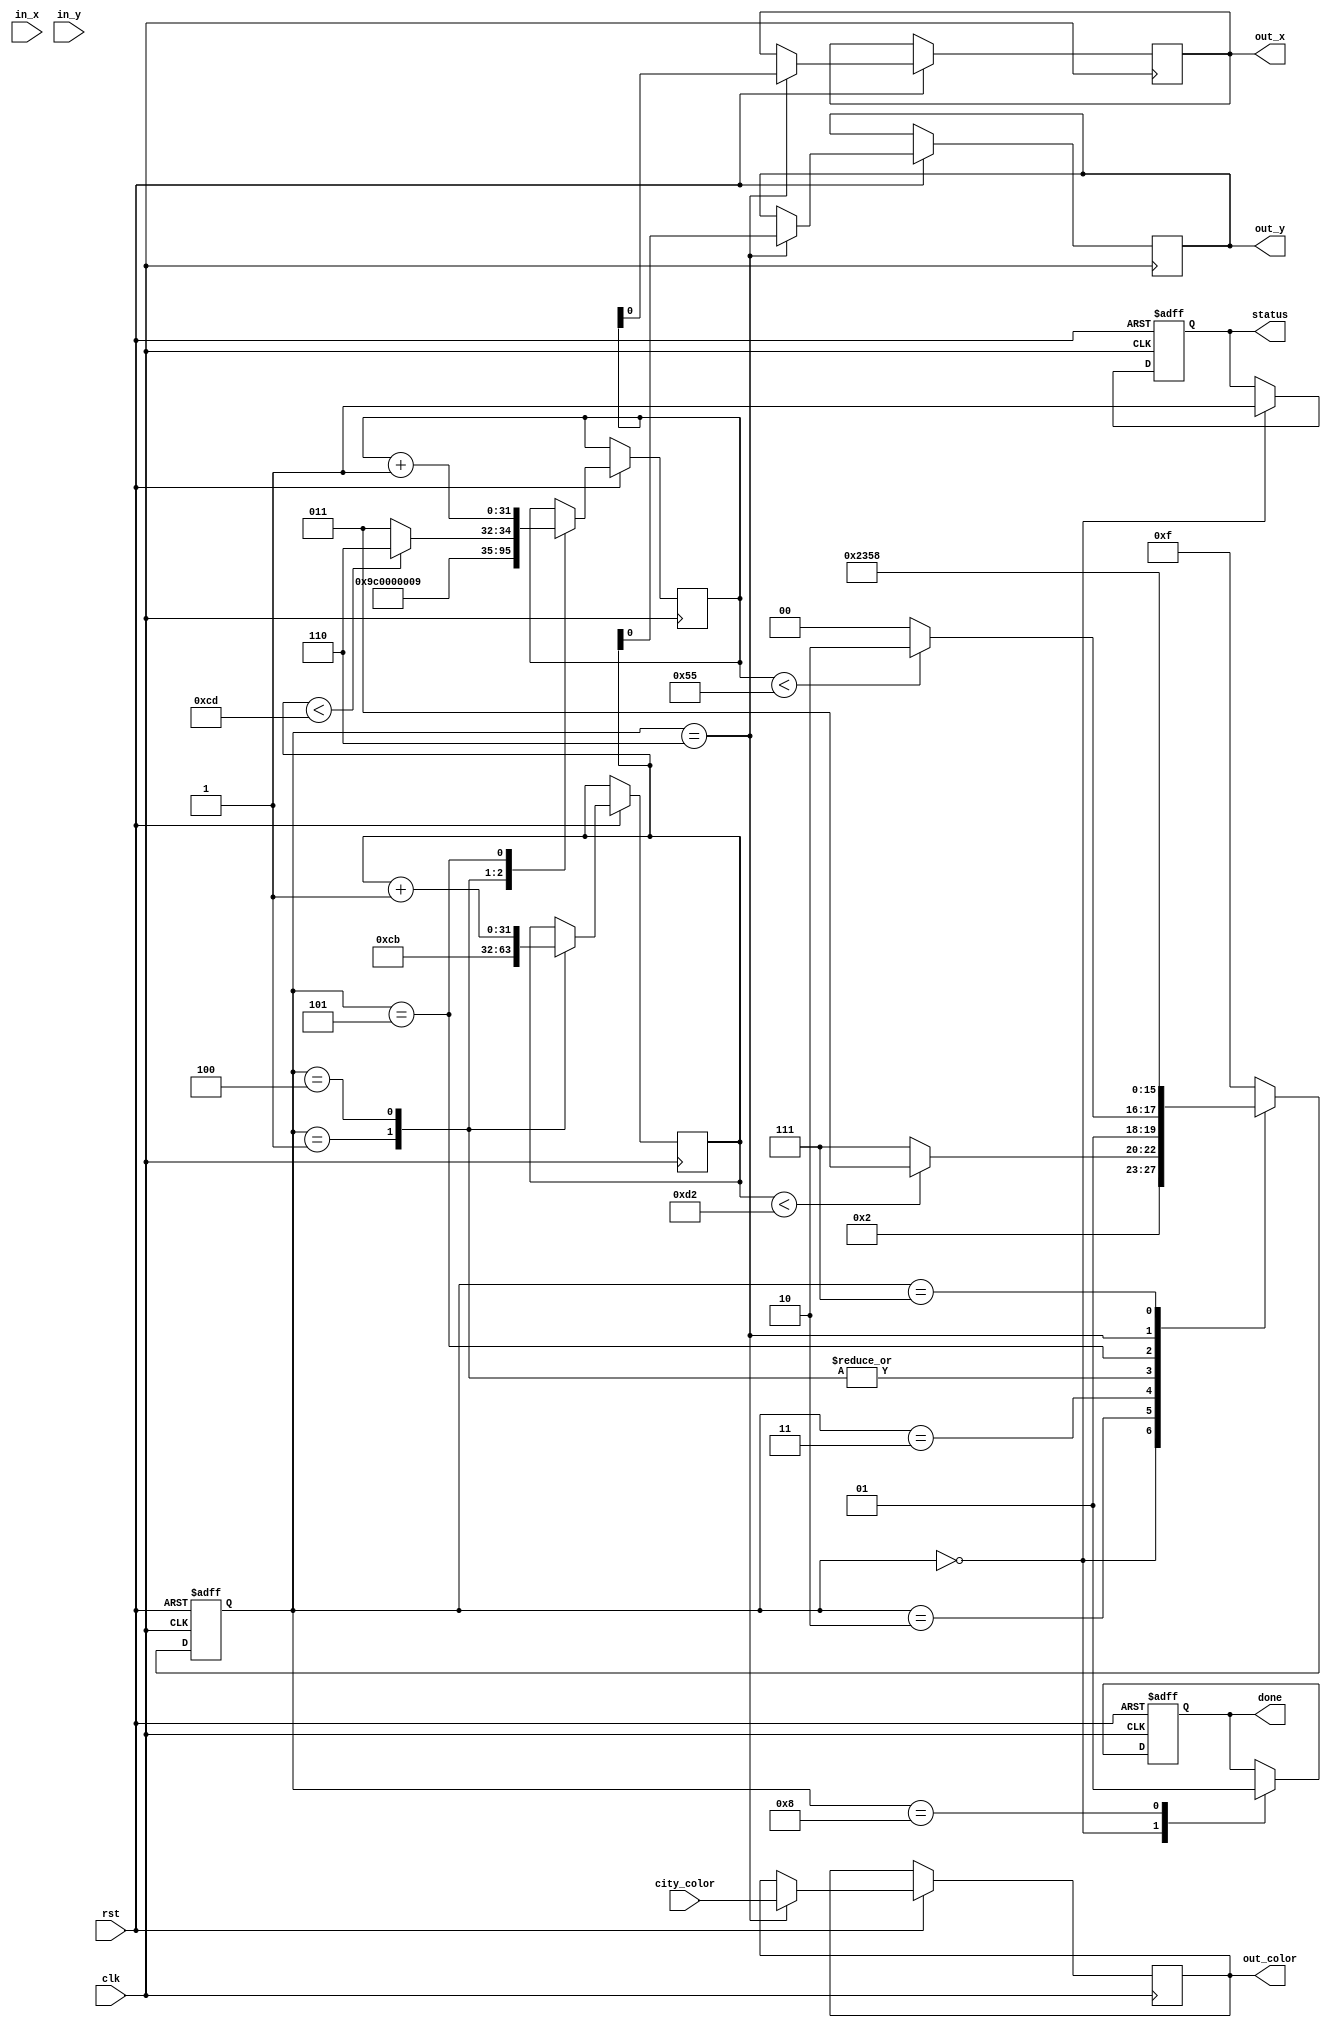
module city(

	input clk, 
	input rst,
	
	input in_x, // x position of center of city
	input in_y, // y position on ground
	input city_color,
	
	output reg status, // alive (1) or dead (0)
	
	output reg out_x,
	output reg out_y,
	output reg out_color,
	output reg done
	
	// VGA outputs
//	output [9:0]VGA_R,
//	output [9:0]VGA_G,
//	output [9:0]VGA_B,
//	output VGA_HS,
//	output VGA_VS,
//	output VGA_BLANK,
//	output VGA_SYNC,
//	output VGA_CLK
	
	);
	
	// variables used for vga
//	reg plot = 1'b1; 
//	reg [31:0]x;
//	reg [31:0]y;
//	reg [2:0]color;
//	reg back_color = city_color;
	
//	vga_adapter my_vga(rst, clk, color, x, y, plot, VGA_R, VGA_G, VGA_B, VGA_HS, VGA_VS, VGA_BLANK, VGA_SYNC, VGA_CLK);
	
	reg [31:0] city_x = 32'd80;
	reg [31:0] city_y = 32'd210;
	
	// state variables for FSM
	reg [3:0]S;
	reg [3:0]NS;
	
	parameter 
		INIT = 8'd0,
		
		// City graphics
		CITY_START = 8'd1,
		CITY_CHECK_Y = 8'd2,
		CITY_CHECK_X = 8'd3,
		CITY_UPDATE_Y = 8'd4,
		CITY_UPDATE_X = 8'd5,
		CITY_DRAW = 8'd6,
		CITY_END = 8'd7,
		
		DONE = 8'd8,
		
		ERROR = 8'hF;
	
	always @(posedge clk or negedge rst)
	begin
		if (rst == 1'b0)
			S <= INIT;
		else
			S <= NS;
	end
	
	always@(*)
	begin
		case(S)
			INIT: NS <= CITY_START;
			CITY_START: NS = CITY_CHECK_Y;
			CITY_CHECK_Y: 
			begin
				if (city_y < 32'd210)
				begin
					NS = CITY_CHECK_X;
				end
				else
				begin
					NS = CITY_END;
				end
			end
			CITY_CHECK_X:
			begin
//				if (city_x < (32'd80+32'd2) & city_y < (32'd210-32'd4) | (city_x < (32'd80+32'd5) & (city_y < 32'd210)))
				if (city_x < (32'd80+32'd5))
				begin
					NS = CITY_DRAW;
				end
				else
				begin
					NS = CITY_UPDATE_Y;
				end
			end
			CITY_UPDATE_Y: NS = CITY_CHECK_Y;
			CITY_UPDATE_X: NS = CITY_CHECK_X;
			CITY_DRAW: NS = CITY_UPDATE_X;
			CITY_END: NS = DONE;
			default: NS <= ERROR;
		endcase
	end
	
	always @(posedge clk or negedge rst)
	begin
	
		if (rst == 1'b0)
		begin
			status <= 1'b1;
			done <= 1'b0;
		end
		
		else
		begin
		case(S)
			INIT:
			begin
				status <= 1'b1;
				done <= 1'b0;
			end
				
			CITY_START:
				begin
					city_x <= (32'd80 - 32'd2);
					city_y <= (32'd210 - 32'd7);
				end
				CITY_UPDATE_Y:
				begin
					city_y <= city_y + 32'd1;
//					city_x <= (32'd80 - 32'd5);
					if (city_y < 32'd205)
						city_x = 32'd80 - 32'd2;
					else 
						city_x <= 32'd80 - 32'd5;
				end
				CITY_UPDATE_X:
					city_x <= city_x + 32'd1;
				CITY_DRAW:
				begin
					out_color <= city_color;
					out_x <= city_x;
					out_y <= city_y;
				end
				
				DONE:
					done <= 1'b1;
				
		endcase
		end
	end
	
endmodule